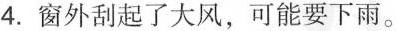
4.窗外刮起了大风，可能要下雨。